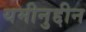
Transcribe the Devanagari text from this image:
यमीनुद्दीन